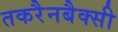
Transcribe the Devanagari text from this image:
तकरैनबैक्सी